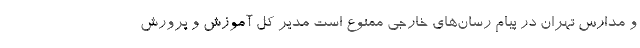
و مدارس تهران در پیام رسان‌های خارجی ممنوع است مدیر کل آموزش و پرورش